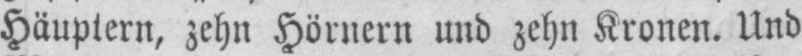
Häuptern, zehn Hörnern und zehn Kronen. Und